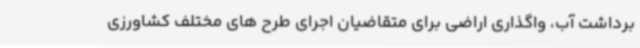
برداشت آب، واگذاری اراضی برای متقاضیان اجرای طرح های مختلف کشاورزی